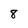
Character: 8